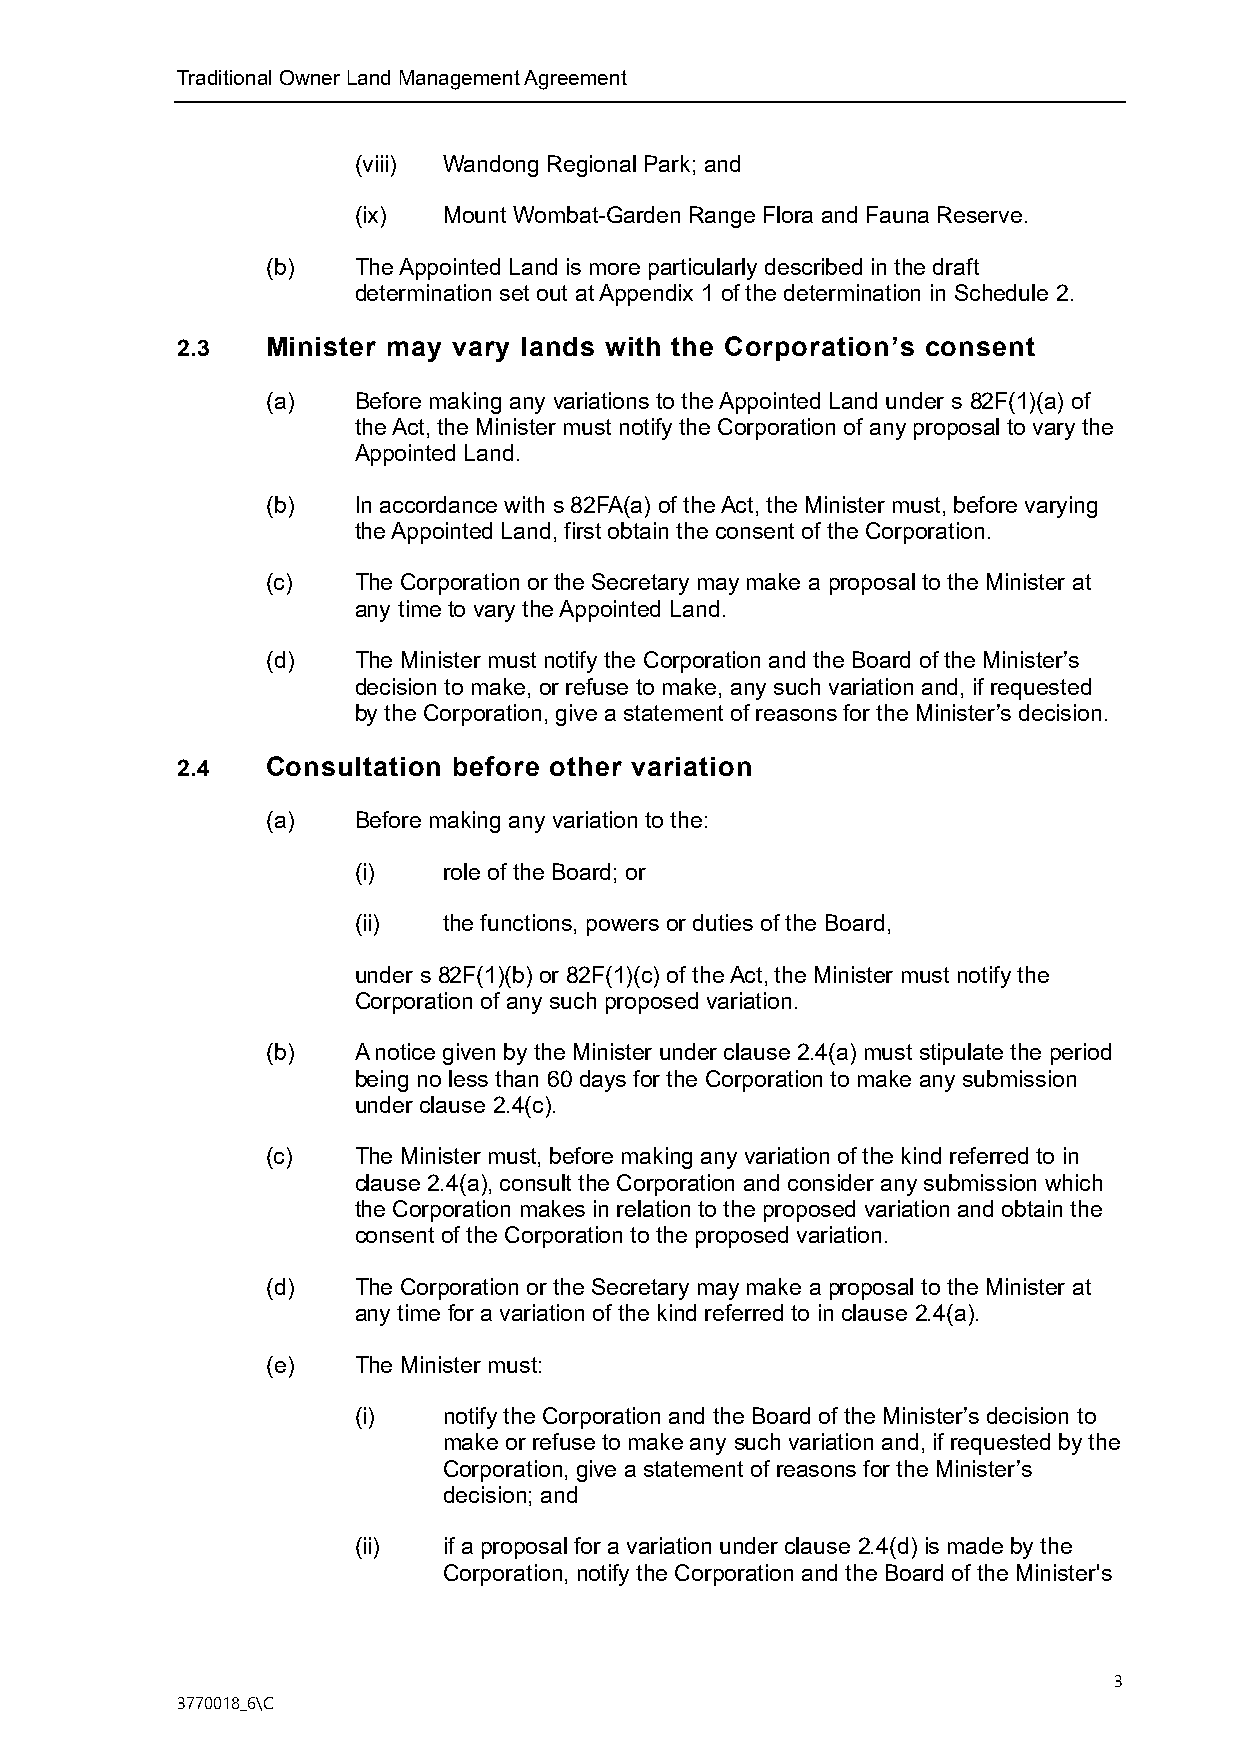
Traditional Owner Land Management Agreement
 (viii) Wandong Regional Park; and
 (ix)  Mount Wombat-Garden Range Flora and Fauna Reserve.
 (b)  The Appointed Land is more particularly described in the draft
 determination set out at Appendix 1 of the determination in Schedule 2.
 2.3   Minister may vary lands with the Corporation’s consent
 (a)  Before making any variations to the Appointed Land under s 82F(1)(a) of
 the Act, the Minister must notify the Corporation of any proposal to vary the
 Appointed Land.
 (b)  In accordance with s 82FA(a) of the Act, the Minister must, before varying
 the Appointed Land, first obtain the consent of the Corporation.
 (c)  The Corporation or the Secretary may make a proposal to the Minister at
 any time to vary the Appointed Land.
 (d)  The Minister must notify the Corporation and the Board of the Minister’s
 decision to make, or refuse to make, any such variation and, if requested
 by the Corporation, give a statement of reasons for the Minister’s decision.
 2.4   Consultation before other variation
 (a)  Before making any variation to the:
 (i)   role of the Board; or
 (ii)  the functions, powers or duties of the Board,
 under s 82F(1)(b) or 82F(1)(c) of the Act, the Minister must notify the
 Corporation of any such proposed variation.
 (b)  A notice given by the Minister under clause 2.4(a) must stipulate the period
 being no less than 60 days for the Corporation to make any submission
 under clause 2.4(c).
 (c)  The Minister must, before making any variation of the kind referred to in
 clause 2.4(a), consult the Corporation and consider any submission which
 the Corporation makes in relation to the proposed variation and obtain the
 consent of the Corporation to the proposed variation.
 (d)  The Corporation or the Secretary may make a proposal to the Minister at
 any time for a variation of the kind referred to in clause 2.4(a).
 (e)  The Minister must:
 (i)   notify the Corporation and the Board of the Minister’s decision to
 make or refuse to make any such variation and, if requested by the
 Corporation, give a statement of reasons for the Minister’s
 decision; and
 (ii)  if a proposal for a variation under clause 2.4(d) is made by the
 Corporation, notify the Corporation and the Board of the Minister's
 3
 3770018_6\C